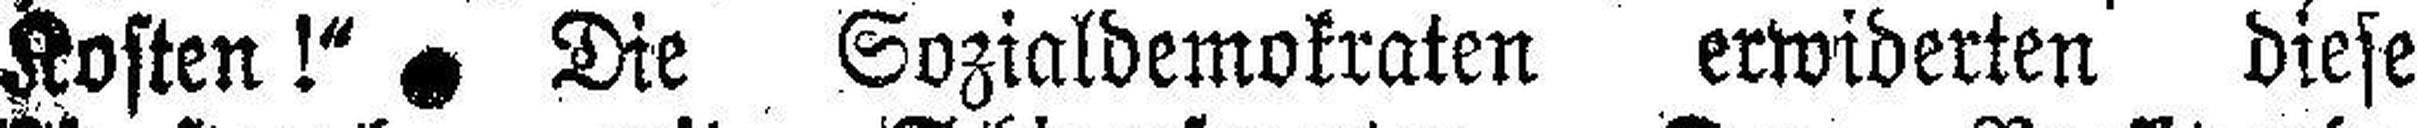
Kosten!“ Die Sozialdemokraten erwiderten diese